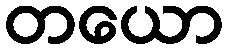
တယော